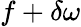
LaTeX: f+\delta\omega